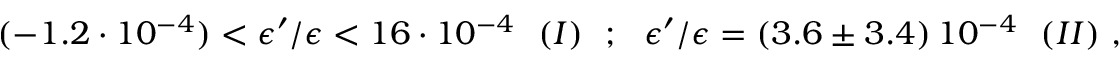
( - 1 . 2 \cdot 1 0 ^ { - 4 } ) < \epsilon ^ { \prime } / \epsilon < 1 6 \cdot 1 0 ^ { - 4 } \ \ ( I ) \ \ ; \ \ \epsilon ^ { \prime } / \epsilon = ( 3 . 6 \pm 3 . 4 ) \, 1 0 ^ { - 4 } \ \ ( I I ) \ ,